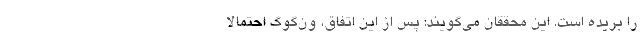
را بریده است. این محققان می‌گویند: پس از این اتفاق، ون‌گوگ احتمالا